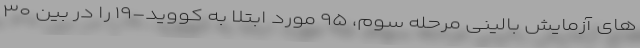
های آزمایش بالینی مرحله سوم، ۹۵ مورد ابتلا به کووید-۱۹ را در بین ۳۰